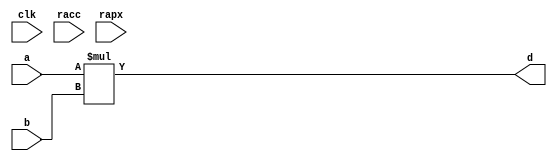
module conf_int_mul__noFF__arch_agnos( clk, racc, rapx, a, b, d);
   parameter OP_BITWIDTH = 16; 
   parameter DATA_PATH_BITWIDTH__A = 24;
   parameter DATA_PATH_BITWIDTH__B = 24;
   
   input clk;
   input racc;
   input rapx;
   input [DATA_PATH_BITWIDTH__A -1: 0] a;
   input [DATA_PATH_BITWIDTH__B -1: 0] b;
   output [(DATA_PATH_BITWIDTH__A + DATA_PATH_BITWIDTH__B) - 1 : 0] d;
   assign d = $signed(a) * $signed(b);
endmodule

// *** F:DN multiplier wrapper
//module conf_int_mul__noFF__arch_agnos__w_wrapper( clk, racc, rapx, A_in_to_wrapper, B_in_to_wrapper, d, state, rstP, P, count0);

module conf_int_mul__noFF__arch_agnos__w_wrapper (A_in_to_wrapper, B_in_to_wrapper, state_in_to_wrapper, rstP, clk, racc,rapx, P, count0, state_out_of_wrapper);
   parameter OP_BITWIDTH = 16; //operator bit width
   parameter DATA_PATH_BITWIDTH__A = 24; //flip flop Bit width
   parameter DATA_PATH_BITWIDTH__B = 24; //flip flop Bit width
   
   input [DATA_PATH_BITWIDTH__A -1: 0] A_in_to_wrapper;
   input [DATA_PATH_BITWIDTH__B -1: 0] B_in_to_wrapper;
   input [8:0] count0;
   input [2:0] state_in_to_wrapper;      
   output [2:0] state_out_of_wrapper;      
   input rstP; 
   input clk;
   input racc; //accurate bits reset  
   input rapx; //apx bits reset
   output [31:0] P; 

   wire [DATA_PATH_BITWIDTH__A -1: 0] A_in;
   wire [DATA_PATH_BITWIDTH__B -1 : 0] B_in;
   //wire [2*(DATA_PATH_BITWIDTH) - 1 : 0] d_;
   wire [(DATA_PATH_BITWIDTH__A + DATA_PATH_BITWIDTH__B) - 1 : 0] d_internal;
   wire [DATA_PATH_BITWIDTH__A -1 : 0] A_in_to_multiply;
   wire [DATA_PATH_BITWIDTH__B -1 : 0] B_in_to_multiply;
   //.................................................... 
   reg [DATA_PATH_BITWIDTH__A -1 : 0] a_reg;
   reg [DATA_PATH_BITWIDTH__B -1 : 0] b_reg;
   reg [31: 0] P_tmp;
   reg [31: 0] c_reg;  
   reg [2:0] state;      
   // *** F:DN combination logic 
   assign A_in = a_reg;
   assign B_in = b_reg;
  
//   assign A_in_to_multiply =  (state == 3'b010) ? (A_in << 8): {A_in[DATA_PATH_BITWIDTH: `OP_BITWIDTH], {(`OP_BITWIDTH){1'b0}}};
//   assign B_in_to_multiply =  (state == 3'b010) ? {B_in[DATA_PATH_BITWIDTH:`OP_BITWIDTH], {(`OP_BITWIDTH){1'b0}}} : {B_in[DATA_PATH_BITWIDTH:`OP_BITWIDTH], {(`OP_BITWIDTH){1'b0}}};
  
   //assign A_in_to_multiply =  (state == 3'b010) ? (A_in << 8): A_in;
   assign A_in_to_multiply =  A_in;
   assign B_in_to_multiply =  B_in;
   assign P = c_reg;
   //assign d_internal = (state == 3'b010) ? (d_internal>>8) : d_internal;
 
   // synopsys dc_script_begin
   //set_dont_touch d_internal
   // synopsys dc_script_end
   //assign d_internal = d_internal;

   conf_int_mul__noFF__arch_agnos #(OP_BITWIDTH, DATA_PATH_BITWIDTH__A, DATA_PATH_BITWIDTH__B) mul__inst(.clk(clk), .racc(racc), .rapx(rapx), .a(A_in_to_multiply), .b(B_in_to_multiply), .d(d_internal));
   //multiply mul(A_in_to_multiply, B_in_to_multiply, d_internal);

   assign state_out_of_wrapper = state;
   // *** F:DN sequential logic
   always@(posedge clk or posedge racc)
   begin 
       if (racc == 1'b1)begin
           state <= 0;
       end
       else begin
          state <= state_in_to_wrapper; 
       end
   end
   
   always@(posedge clk or posedge racc)
   begin
       if (racc == 1'b1)begin
//           a_reg[DATA_PATH_BITWIDTH -1: DATA_PATH_BITWIDTH - OP_BITWIDTH] <= 0;
//           b_reg[DATA_PATH_BITWIDTH -1: DATA_PATH_BITWIDTH - OP_BITWIDTH] <= 0;
           a_reg <= 0;
           b_reg <= 0;
       end
       else begin 
           //** lower chunk 
           if ((state == 3'b001 && count0 == 9'd63) || (state == 3'b010)) begin
               if (rapx == 1'b1 && ~(racc)) begin  
                   //A[DATA_PATH_BITWIDTH:a1_cut] <= A_in_to_wrapper; //commented out since a1_cut is set to be zero all the time
                   a_reg[DATA_PATH_BITWIDTH__A - 1 + 8 :0] <= ({A_in_to_wrapper[DATA_PATH_BITWIDTH__A - 1 :0], 8'b0});
                   b_reg[DATA_PATH_BITWIDTH__B -1: DATA_PATH_BITWIDTH__B - OP_BITWIDTH -1] <= B_in_to_wrapper[DATA_PATH_BITWIDTH__B -1 : DATA_PATH_BITWIDTH__B - OP_BITWIDTH - 1 ];
                   //b_reg[DATA_PATH_BITWIDTH__B - OP_BITWIDTH -1 :0] <= B_in_to_wrapper[DATA_PATH_BITWIDTH__B - OP_BITWIDTH -1 :0];
                   b_reg[DATA_PATH_BITWIDTH__B - OP_BITWIDTH -1 -1 :0] <= 0;
               end
               else begin
                   //A[h:a1_cut] <= A_in_to_wrapper; //commented out since a1_cut is always set to zero
                   a_reg[DATA_PATH_BITWIDTH__A - OP_BITWIDTH -1 + 8 :0] <= {A_in_to_wrapper[DATA_PATH_BITWIDTH__A - OP_BITWIDTH -1 :0], 8'b0};
                   b_reg[DATA_PATH_BITWIDTH__B -1 :0] <= B_in_to_wrapper[DATA_PATH_BITWIDTH__B -1 :0];
               end       
           end
           else if ((state == 3'b011) || (state == 3'b100))begin
               if (rapx == 1'b1 && ~(racc))begin  
                   a_reg[DATA_PATH_BITWIDTH__A -1: DATA_PATH_BITWIDTH__A - OP_BITWIDTH] <= A_in_to_wrapper[DATA_PATH_BITWIDTH__A -1 : DATA_PATH_BITWIDTH__A - OP_BITWIDTH];
                   a_reg[DATA_PATH_BITWIDTH__A - OP_BITWIDTH -1 :0] <=  0;// {(OP_BITWIDTH){1'b0}};
                   b_reg[DATA_PATH_BITWIDTH__B -1: DATA_PATH_BITWIDTH__B - OP_BITWIDTH] <= B_in_to_wrapper[DATA_PATH_BITWIDTH__B -1 : DATA_PATH_BITWIDTH__B - OP_BITWIDTH];
                   b_reg[DATA_PATH_BITWIDTH__B - OP_BITWIDTH -1 :0] <= 0;//{(OP_BITWIDTH){1'b0}};
               end
               else begin
                   a_reg[DATA_PATH_BITWIDTH__A - 1 :0] <=  A_in_to_wrapper[DATA_PATH_BITWIDTH__A - 1: 0];
                   b_reg[DATA_PATH_BITWIDTH__B - 1 :0] <= B_in_to_wrapper[DATA_PATH_BITWIDTH__B - 1 :0];
               end
           end
       end
   end
  /*
  always@(posedge clk)
  begin
       if (racc == 1'b1)begin
           a_reg [DATA_PATH_BITWIDTH - OP_BITWIDTH -1 :0]<= 0;
           b_reg [DATA_PATH_BITWIDTH - OP_BITWIDTH -1 :0]<= 0;
       end
       else  if ((state == 3'b001 && count0 == 9'd63))
          begin
          if (rapx == 1'b1 && ~(racc))begin  
              //A[DATA_PATH_BITWIDTH:a1_cut] <= A_in_to_wrapper; //commented out since a1_cut is set to be zero all the time
              a_reg[DATA_PATH_BITWIDTH - OP_BITWIDTH -1 + 8 :0] <= ({A_in_to_wrapper[DATA_PATH_BITWIDTH - OP_BITWIDTH -1 :0], 8'b0});
              b_reg[DATA_PATH_BITWIDTH - OP_BITWIDTH -1 :0] <= 0;//{(OP_BITWIDTH){1'b0}};
          end
          else begin
              //A[h:a1_cut] <= A_in_to_wrapper; //commented out since a1_cut is always set to zero
              a_reg[DATA_PATH_BITWIDTH - OP_BITWIDTH -1 + 8 :0] <= {A_in_to_wrapper[DATA_PATH_BITWIDTH - OP_BITWIDTH -1 :0], 8'b0};
              b_reg[DATA_PATH_BITWIDTH - OP_BITWIDTH -1 :0] <= B_in_to_wrapper[DATA_PATH_BITWIDTH - OP_BITWIDTH -1 :0];
          end       
      end
      else if (state == 3'b010) begin
          if (state_in_to_wrapper != 3'b011) begin 
              if (rapx == 1'b1 && ~(racc))begin  
                  //A[DATA_PATH_BITWIDTH:a1_cut] <= A_in_to_wrapper; //commented out since a1_cut is set to be zero all the time
                  a_reg[DATA_PATH_BITWIDTH - OP_BITWIDTH -1 + 8 :0] <= ({A_in_to_wrapper[DATA_PATH_BITWIDTH - OP_BITWIDTH -1 :0],  8'b0});
                  b_reg[DATA_PATH_BITWIDTH - OP_BITWIDTH -1 :0] <= 0;//{(OP_BITWIDTH){1'b0}};
              end
              else begin
                  //A[h:a1_cut] <= A_in_to_wrapper; //commented out since a1_cut is always set to zero
                  a_reg[DATA_PATH_BITWIDTH - OP_BITWIDTH -1 + 8 :0] <= {A_in_to_wrapper[DATA_PATH_BITWIDTH - OP_BITWIDTH -1 :0], 8'b0};
                  b_reg[DATA_PATH_BITWIDTH - OP_BITWIDTH -1 :0] <= B_in_to_wrapper[DATA_PATH_BITWIDTH - OP_BITWIDTH -1 :0];
              end
          end
          else begin 
              if (rapx == 1'b1 && ~(racc))begin  
                  //A[DATA_PATH_BITWIDTH:a1_cut] <= A_in_to_wrapper; //commented out since a1_cut is set to be zero all the time
                  a_reg[DATA_PATH_BITWIDTH - OP_BITWIDTH -1  :0] <= A_in_to_wrapper[DATA_PATH_BITWIDTH - OP_BITWIDTH -1 :0];
                  b_reg[DATA_PATH_BITWIDTH - OP_BITWIDTH -1 :0] <= 0;//{(OP_BITWIDTH){1'b0}};
              end
              else begin
                  //A[h:a1_cut] <= A_in_to_wrapper; //commented out since a1_cut is always set to zero
                  a_reg[DATA_PATH_BITWIDTH - OP_BITWIDTH -1 :0] <= A_in_to_wrapper[DATA_PATH_BITWIDTH - OP_BITWIDTH -1 :0];
                  b_reg[DATA_PATH_BITWIDTH - OP_BITWIDTH -1 :0] <= B_in_to_wrapper[DATA_PATH_BITWIDTH - OP_BITWIDTH -1 :0];
              end
          end
      end
      else if ((state == 3'b011) ||
          (state == 3'b100))begin
          if (rapx == 1'b1 && ~(racc))begin  
              a_reg[DATA_PATH_BITWIDTH - OP_BITWIDTH -1 :0] <=  0;// {(OP_BITWIDTH){1'b0}};
              b_reg[DATA_PATH_BITWIDTH - OP_BITWIDTH -1 :0] <= 0;//{(OP_BITWIDTH){1'b0}};
          end
          else begin
              a_reg[DATA_PATH_BITWIDTH - OP_BITWIDTH -1 :0] <=  A_in_to_wrapper[DATA_PATH_BITWIDTH - OP_BITWIDTH - 1: 0];
              b_reg[DATA_PATH_BITWIDTH - OP_BITWIDTH - 1 :0] <= B_in_to_wrapper[DATA_PATH_BITWIDTH - OP_BITWIDTH -1 :0];

          end
      end
  end
*/
   always@(posedge clk)
   begin
       if (rstP == 1'b1) begin
           c_reg <= 32'b0;
       end
       else if (state ==  3'b010)begin
           //P_tmp[31:0] = ({{3{d_internal[31+8]}}, d_internal[31+8:3+8]});
           //P_tmp[31:0] = d_internal[31+8:8];
           
           P_tmp[31:0] = {d_internal[25+8:8], 6'b0}; //14 bit
           //P_tmp[31:0] = {d_internal[24+8:8], 7'b0}; //13 bit, 26 or 24 bit mul
           //P_tmp[31:0] = {d_internal[23+8:8], 8'b0}; //12 bit, 26 or 24 bit mul
           //P_tmp[31:0] = {d_internal[22+8:8], 9'b0}; //11 bit, 26 or 24 bit mul
           //P_tmp[31:0] = {d_internal[21+8:8], 10'b0}; //10 bit, 26 or 24 bit mul
           
           c_reg <= P_tmp;
       end
       else begin
           //c_reg[31:0] <= d_internal[39:8];
           
           c_reg[31:0] <= d_internal[39:8];  //14 bit, 26 bit mul
           //c_reg[31:0] <= d_internal[37:6];  //13 bit, 26 bit mul 
           //c_reg[31:0] <= d_internal[35:4];  //12 bit, 26 bit mul
           //c_reg[31:0] <= d_internal[33:2];  //11 bit, 26 bit mul
           //c_reg[31:0] <= d_internal[31:0];  //10 bit, 26 bit mul
           
           //c_reg[31:0] <= d_internal[37:6];  //14 bit
           
           
           //c_reg[31:0] <= d_internal[39:8];  //16 bit
           //c_reg[31:0] <= {{3{d_internal[39]}}, d_internal[39:11]};
       end
   end

endmodule